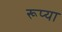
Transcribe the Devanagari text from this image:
रूप्या